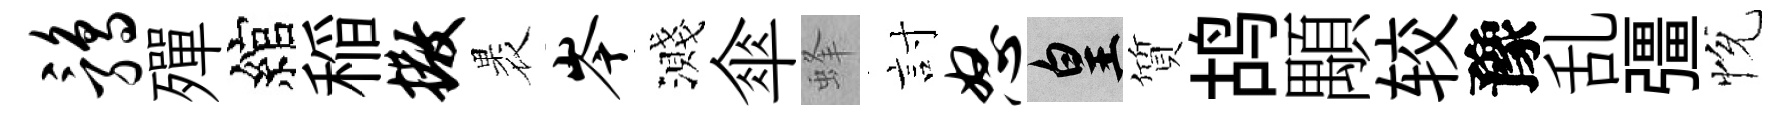
鹑殫綰稲撒褁岑濺傘蜂討怒皇質鸪顒较豫乱彊恱